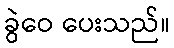
ခွဲဝေ ပေးသည်။